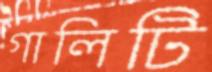
গালিটি